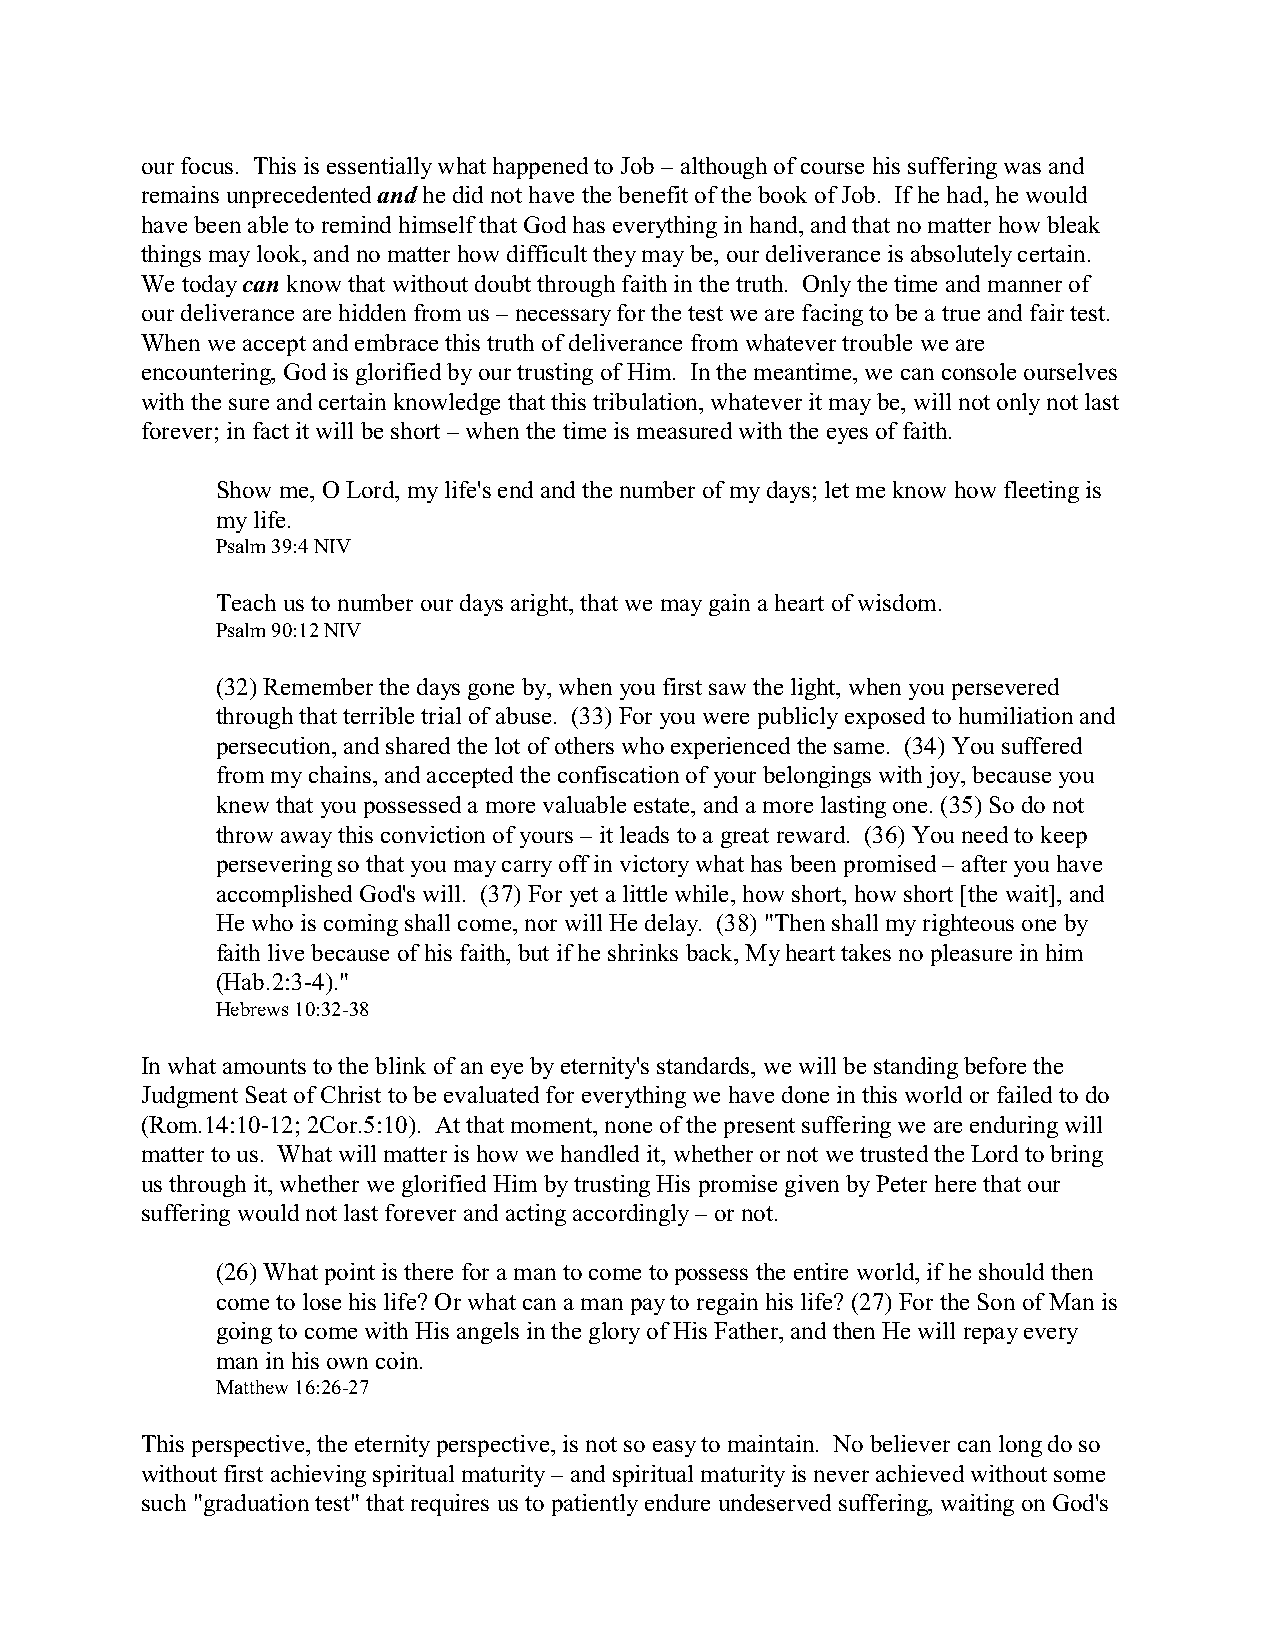
our focus. This is essentially what happened to Job – although of course his suffering was and
 remains unprecedented and he did not have the benefit of the book of Job. If he had, he would
 have been able to remind himself that God has everything in hand, and that no matter how bleak
 things may look, and no matter how difficult they may be, our deliverance is absolutely certain.
 We today can know that without doubt through faith in the truth. Only the time and manner of
 our deliverance are hidden from us – necessary for the test we are facing to be a true and fair test.
 When we accept and embrace this truth of deliverance from whatever trouble we are
 encountering, God is glorified by our trusting of Him. In the meantime, we can console ourselves
 with the sure and certain knowledge that this tribulation, whatever it may be, will not only not last
 forever; in fact it will be short – when the time is measured with the eyes of faith.
 Show me, O Lord, my life's end and the number of my days; let me know how fleeting is
 my life.
 Psalm 39:4 NIV
 Teach us to number our days aright, that we may gain a heart of wisdom.
 Psalm 90:12 NIV
 (32) Remember the days gone by, when you first saw the light, when you persevered
 through that terrible trial of abuse. (33) For you were publicly exposed to humiliation and
 persecution, and shared the lot of others who experienced the same. (34) You suffered
 from my chains, and accepted the confiscation of your belongings with joy, because you
 knew that you possessed a more valuable estate, and a more lasting one. (35) So do not
 throw away this conviction of yours – it leads to a great reward. (36) You need to keep
 persevering so that you may carry off in victory what has been promised – after you have
 accomplished God's will. (37) For yet a little while, how short, how short [the wait], and
 He who is coming shall come, nor will He delay. (38) "Then shall my righteous one by
 faith live because of his faith, but if he shrinks back, My heart takes no pleasure in him
 (Hab.2:3-4)."
 Hebrews 10:32-38
 In what amounts to the blink of an eye by eternity's standards, we will be standing before the
 Judgment Seat of Christ to be evaluated for everything we have done in this world or failed to do
 (Rom.14:10-12; 2Cor.5:10). At that moment, none of the present suffering we are enduring will
 matter to us. What will matter is how we handled it, whether or not we trusted the Lord to bring
 us through it, whether we glorified Him by trusting His promise given by Peter here that our
 suffering would not last forever and acting accordingly – or not.
 (26) What point is there for a man to come to possess the entire world, if he should then
 come to lose his life? Or what can a man pay to regain his life? (27) For the Son of Man is
 going to come with His angels in the glory of His Father, and then He will repay every
 man in his own coin.
 Matthew 16:26-27
 This perspective, the eternity perspective, is not so easy to maintain. No believer can long do so
 without first achieving spiritual maturity – and spiritual maturity is never achieved without some
 such "graduation test" that requires us to patiently endure undeserved suffering, waiting on God's